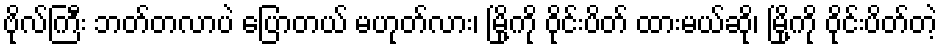
ဗိုလ်ကြီး ဘတ်တလာပဲ ပြောတယ် မဟုတ်လား၊ မြို့ကို ဝိုင်းပိတ် ထားမယ်ဆို၊ မြို့ကို ဝိုင်းပိတ်တဲ့